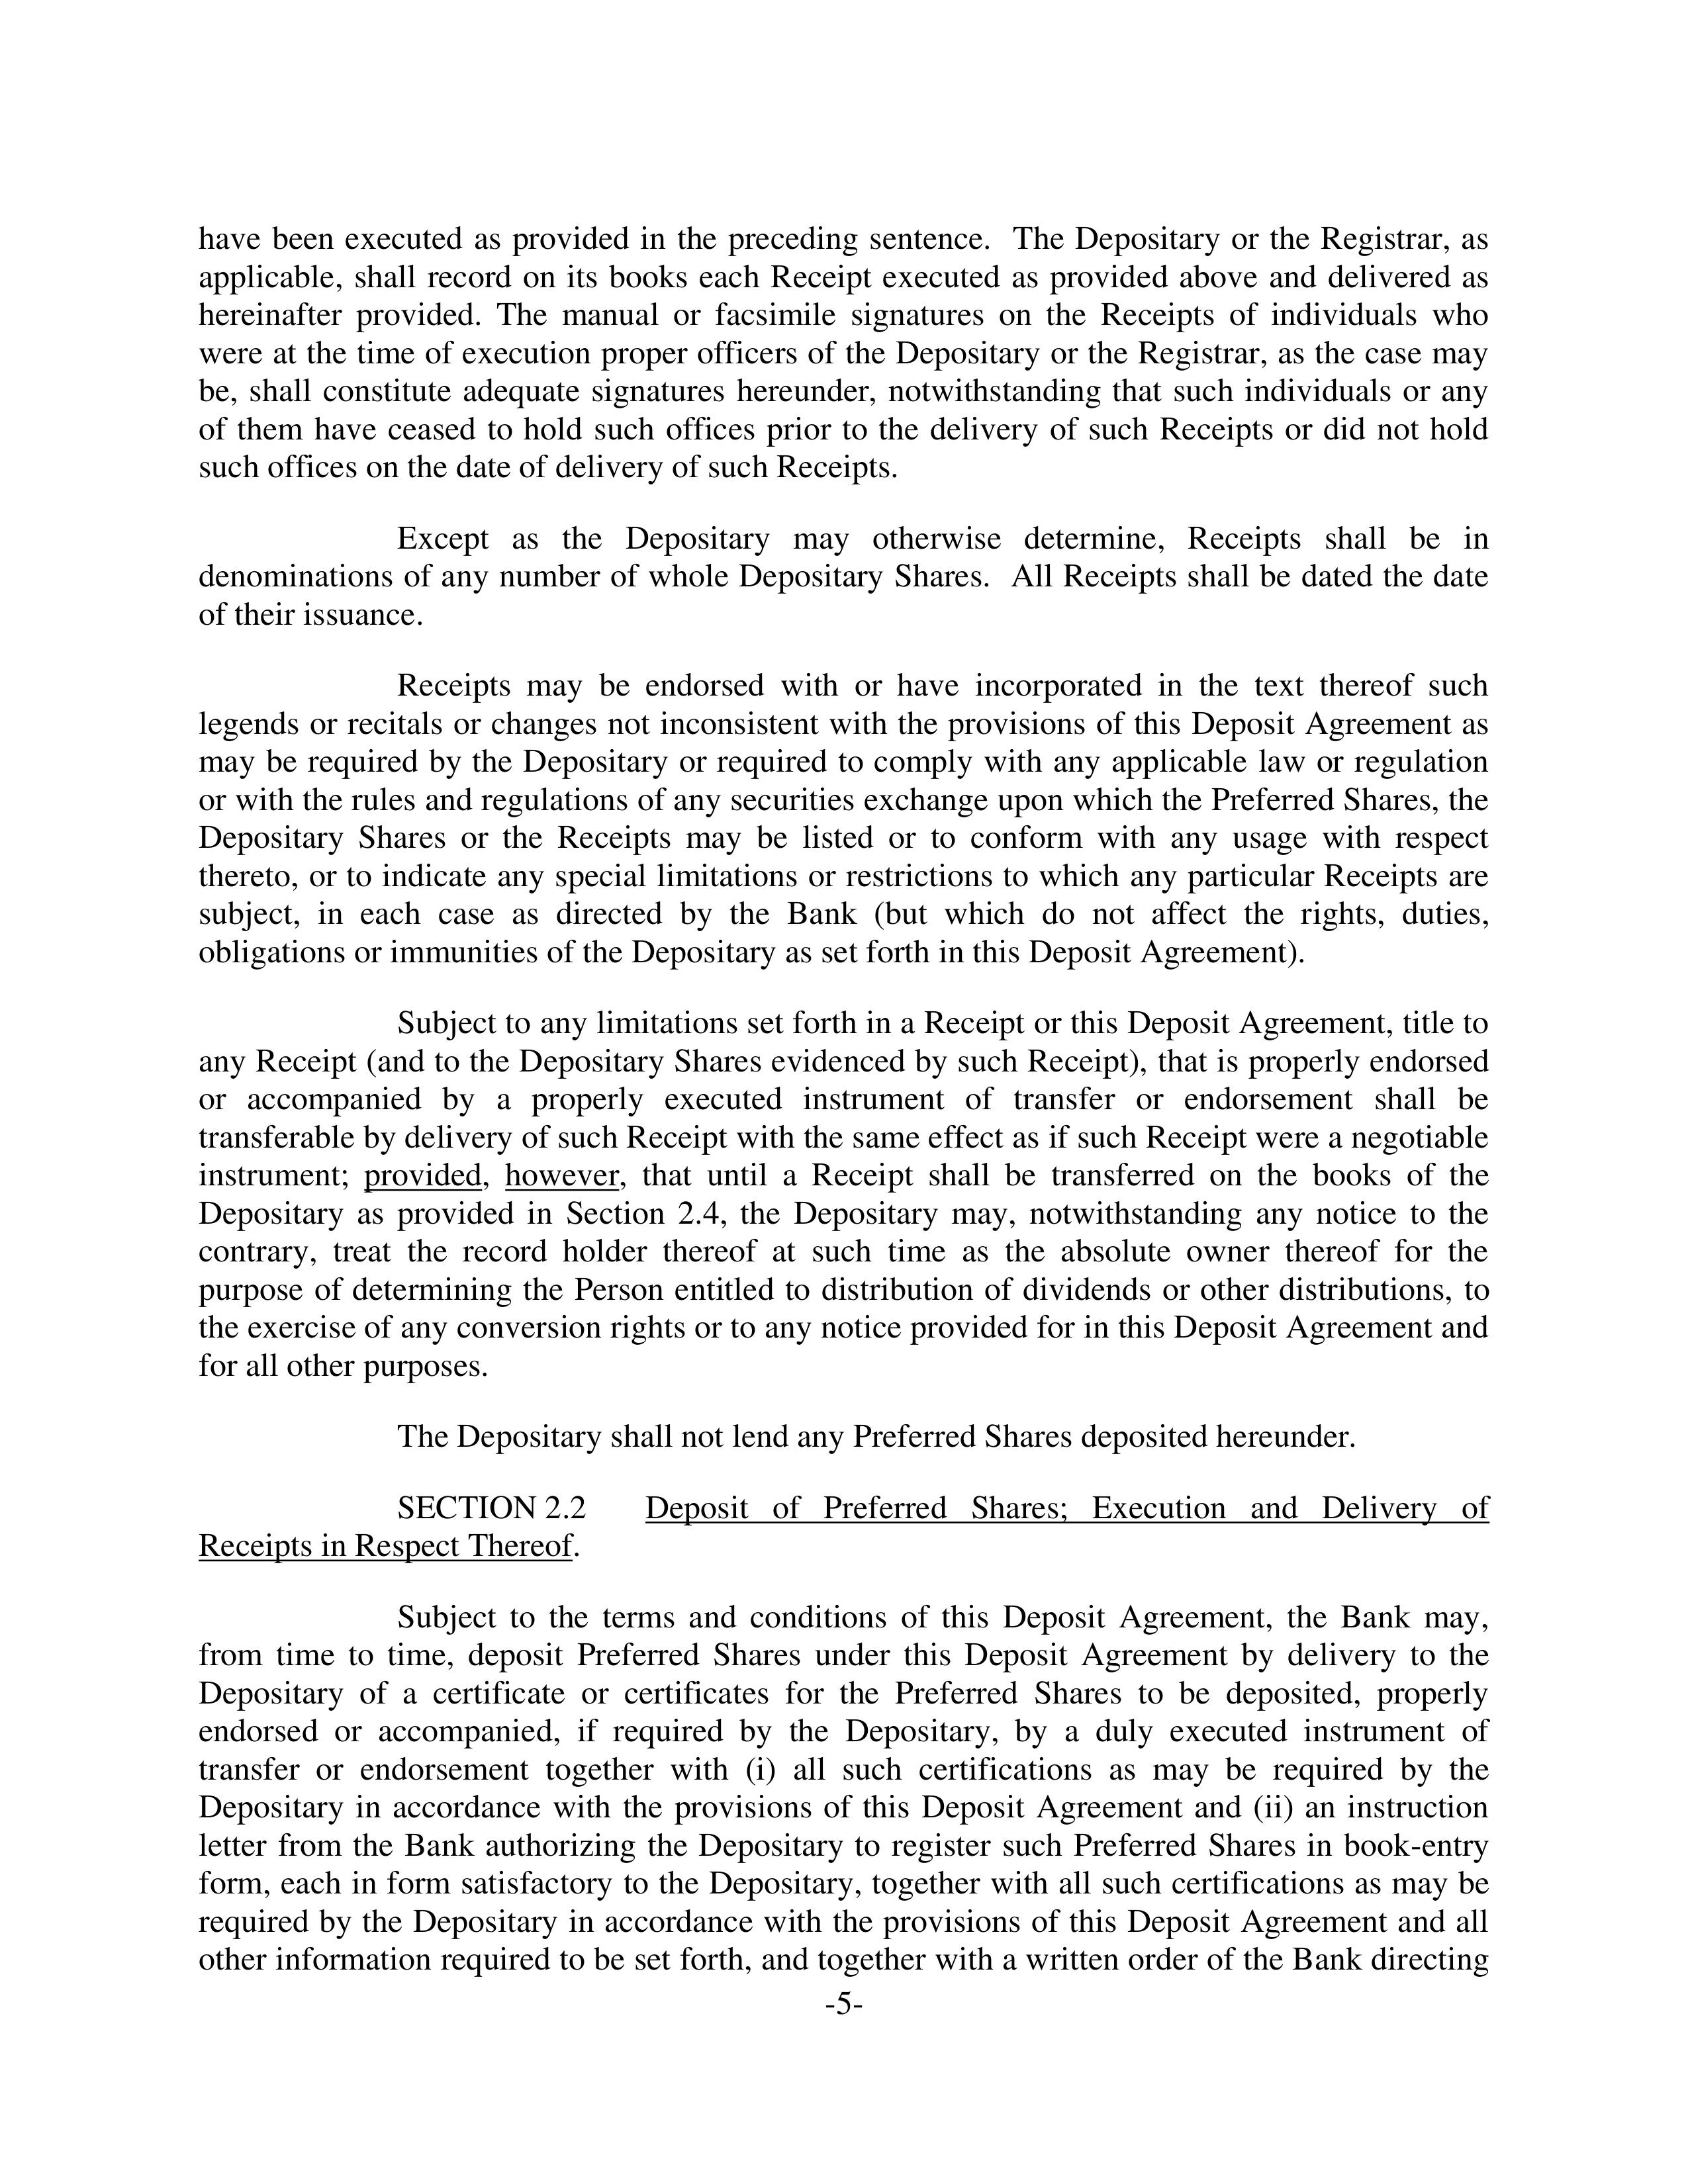
have been executed as provided in the preceding sentence. The Depositary or the Registrar, as applicable, shall record on its books each Receipt executed as provided above and delivered as hereinafter provided. The manual or facsimile signatures on the Receipts of individuals who were at the time of execution proper officers of the Depositary or the Registrar, as the case may be, shall constitute adequate signatures hereunder, notwithstanding that such individuals or any of them have ceased to hold such offices prior to the delivery of such Receipts or did not hold such offices on the date of delivery of such Receipts.

Except as the Depositary may otherwise determine, Receipts shall be in denominations of any number of whole Depositary Shares. All Receipts shall be dated the date of their issuance.

Receipts may be endorsed with or have incorporated in the text thereof such legends or recitals or changes not inconsistent with the provisions of this Deposit Agreement as may be required by the Depositary or required to comply with any applicable law or regulation or with the rules and regulations of any securities exchange upon which the Preferred Shares, the Depositary Shares or the Receipts may be listed or to conform with any usage with respect thereto, or to indicate any special limitations or restrictions to which any particular Receipts are subject, in each case as directed by the Bank (but which do not affect the rights, duties, obligations or immunities of the Depositary as set forth in this Deposit Agreement).

Subject to any limitations set forth in a Receipt or this Deposit Agreement, title to any Receipt (and to the Depositary Shares evidenced by such Receipt), that is properly endorsed or accompanied by a properly executed instrument of transfer or endorsement shall be transferable by delivery of such Receipt with the same effect as if such Receipt were a negotiable instrument; provided, however, that until a Receipt shall be transferred on the books of the Depositary as provided in Section 2.4, the Depositary may, notwithstanding any notice to the contrary, treat the record holder thereof at such time as the absolute owner thereof for the purpose of determining the Person entitled to distribution of dividends or other distributions, to the exercise of any conversion rights or to any notice provided for in this Deposit Agreement and for all other purposes.

The Depositary shall not lend any Preferred Shares deposited hereunder.

SECTION 2.2      Deposit of Preferred Shares; Execution and Delivery of
Receipts in Respect Thereof.

Subject to the terms and conditions of this Deposit Agreement, the Bank may, from time to time, deposit Preferred Shares under this Deposit Agreement by delivery to the Depositary of a certificate or certificates for the Preferred Shares to be deposited, properly endorsed or accompanied, if required by the Depositary, by a duly executed instrument of transfer or endorsement together with (i) all such certifications as may be required by the Depositary in accordance with the provisions of this Deposit Agreement and (ii) an instruction letter from the Bank authorizing the Depositary to register such Preferred Shares in book-entry form, each in form satisfactory to the Depositary, together with all such certifications as may be required by the Depositary in accordance with the provisions of this Deposit Agreement and all other information required to be set forth, and together with a written order of the Bank directing
                                                    -5-